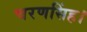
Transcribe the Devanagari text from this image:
चरणसिंह।